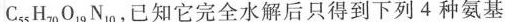
C_{55} H_{70} O_{19} N_{10} ，已知它完全水解后只得到下列4种氨基